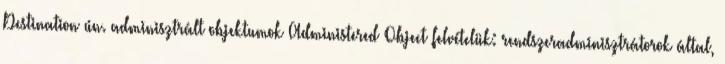
Destination ún. adminisztrált objektumok Administered Object felvételük: rendszeradminisztrátorok által,